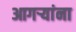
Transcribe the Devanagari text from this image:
आगर्‍यांना